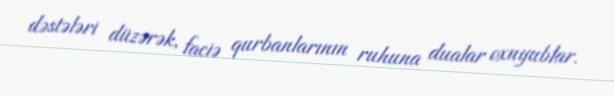
dəstələri düzərək, faciə qurbanlarının ruhuna dualar oxuyublar.